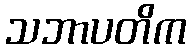
သဘာပတိက